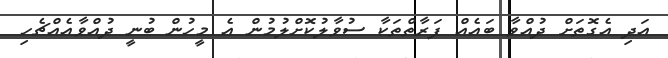
އަދި އެގޮތަށް ދުއްވާ ބައެއް ފަރާތްތަކާ ސުވާލުކޮށްލުމުން އެ މީހުން ބުނީ ދުއްވާއެއްޗެހި